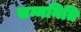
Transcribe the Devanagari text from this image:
सम्मनिति